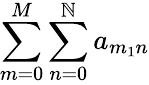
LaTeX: \sum\limits_{m=0}^{M}\sum\limits_{n=0}^{\mathbb{N}}a_{m_{1}n}